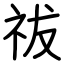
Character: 祓